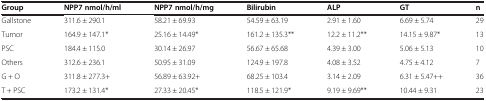
| Group | NPP7 nmol/h/ml | NPP7 nmol/h/mg | Bilirubin | ALP | GT | n |
 | --- | --- | --- | --- | --- | --- | --- |
 | Gallstone | 311.6 ± 290.1 | 58.21 ± 69.93 | 54.59 ± 63.19 | 2.91 ± 1.60 | 6.69 ± 5.74 | 29 |
 | Tumor | 164.9 ± 147.1* | 25.16 ± 14.49* | 161.2 ± 135.3** | 12.2 ± 11.2** | 14.15 ± 9.87* | 13 |
 | PSC | 184.4 ± 115.0 | 30.14 ± 26.97 | 56.67 ± 65.68 | 4.39 ± 3.00 | 5.06 ± 5.13 | 10 |
 | Others | 312.6 ± 236.1 | 50.95 ± 31.09 | 124.9 ± 197.8 | 4.08 ± 3.52 | 4.75 ± 4.12 | 7 |
 | G + O | 311.8 ± 277.3+ | 56.89 ± 63.92+ | 68.25 ± 103.4 | 3.14 ± 2.09 | 6.31 ± 5.47++ | 36 |
 | T + PSC | 173.2 ± 131.4* | 27.33 ± 20.45* | 118.5 ± 121.9* | 9.19 ± 9.69** | 10.44 ± 9.31 | 23 |